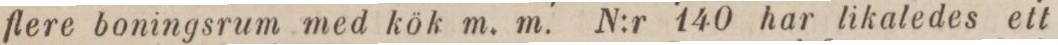
flere boningsrum med kök m, m. N:r 140 har likaledes ett